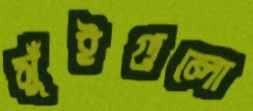
সুঁইগুলো